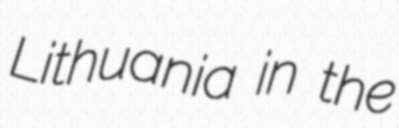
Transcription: Lithuania in the